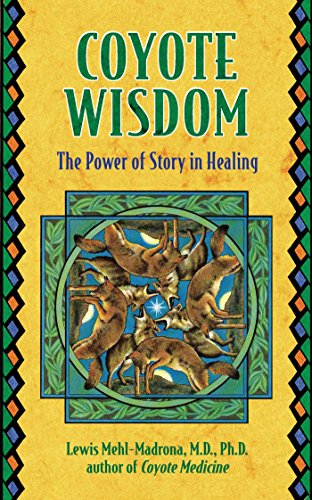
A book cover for Coyote Wisdom: The Power of Story in Healing; Lewis Mehl-Madrona; Literature & Fiction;